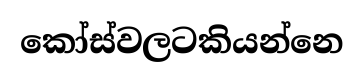
කෝස්වලටකියන්නෙ